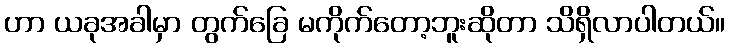
ဟာ ယခုအခါမှာ တွက်ခြေ မကိုက်တော့ဘူးဆိုတာ သိရှိလာပါတယ်။